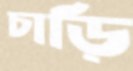
চাড়ি